Indian journal of veterinary science and animal husbandry - Volume 2,
Year: 1932
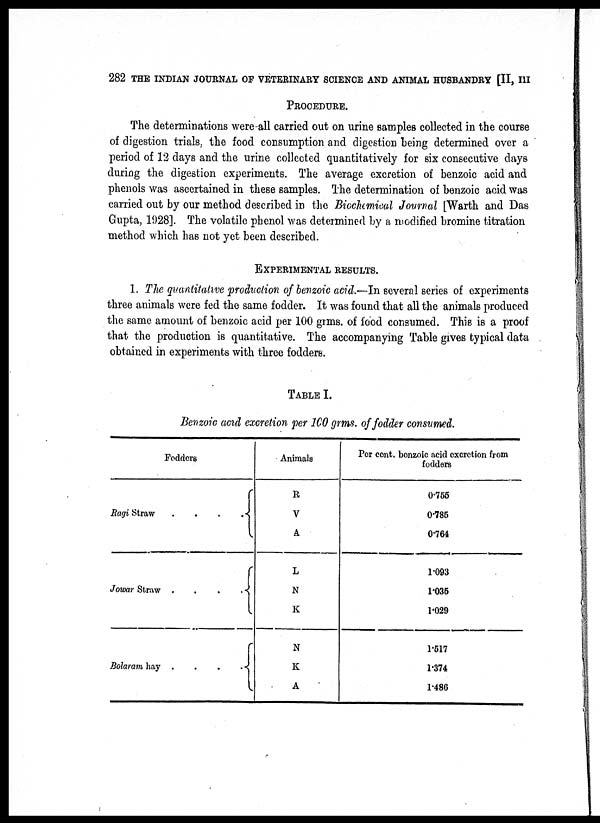
282 THE INDIAN JOURNAL OF VETERINARY SCIENCE AND ANIMAL HUSBANDRY [II, III
PROCEDURE.
The determinations were all carried out on urine samples collected in the course
of digestion trials, the food consumption and digestion being determined over a
period of 12 days and the urine collected quantitatively for six consecutive days
during the digestion experiments. The average excretion of benzoic acid and
phenols was ascertained in these samples. The determination of benzoic acid was
carried out by our method described in the Bicchemical Journal [Warth and Das
Gupta, 1928]. The volatile phenol was determined by a modified bromine titration
method which has not yet been described.
EXPERIMENTAL RESULTS.
1. The quantitative production of benzoic acid.—In several series of experiments
three animals were fed the same fodder. It was found that all the animals produced
the same amount of benzoic acid per 100 grms. of food consumed. This is a proof
that the production is quantitative. The accompanying Table gives typical data
obtained in experiments with three fodders.
TABLE I.
Benzoic acid excretion per 100 grms.of fodder consumed.
Fodders
Ragi Straw
.
.
.
.{
Jowar Straw .
.
.
. {
Bolaram hay .
.
.
{
Animals
R
V
A
L
N
K
N
K
A
Per cent. bonzoic acid excretion from
fodders
0.755
0.785
0.764
1.093
1.035
1.029
1.517
1.374
1.486